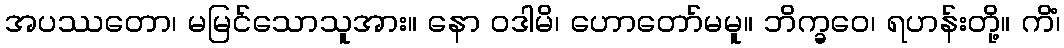
အပဿတော၊ မမြင်သောသူအား။ နော ဝဒါမိ၊ ဟောတော်မမူ။ ဘိက္ခဝေ၊ ရဟန်းတို့။ ကိံ၊